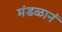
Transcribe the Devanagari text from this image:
मंडळानं